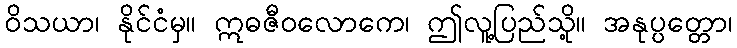
ဝိသယာ၊ နိုင်ငံမှ။ ဣဓဇီဝလောကေ၊ ဤလူ့ပြည်သို့။ အနုပ္ပတ္တော၊